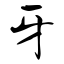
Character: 牙